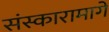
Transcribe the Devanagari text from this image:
संस्कारामागे